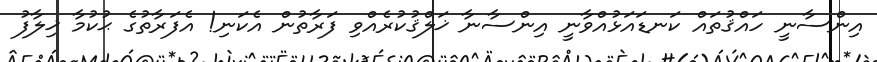
އިންސާނީ ހައްޤުތައް ކަނޑައަޅުއްވާނީ އިންސާނާ ޚަލްޤުކުރެއްވި ފަރާތުން އެކަނި! އެފަރާތުގެ ޙުކުމާ ޚިލާފު